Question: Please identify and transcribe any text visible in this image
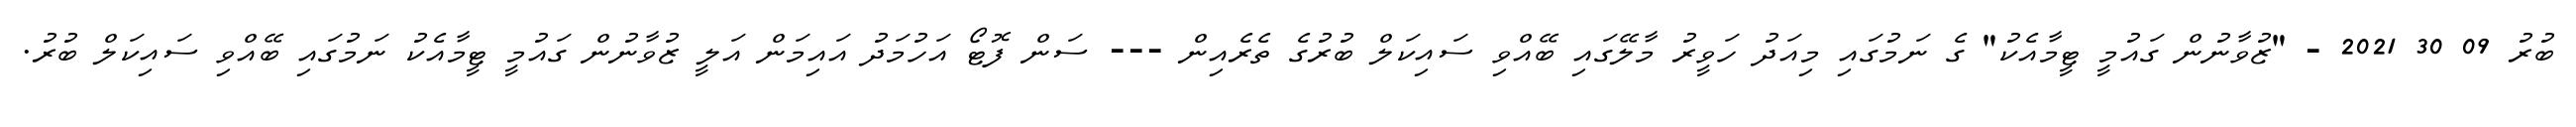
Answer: ބުރު 09 30 2021 - "ޒުވާނުން ގައުމީ ޓީމާއެކު" ގެ ނަމުގައި މިއަދު ހަވީރު މާލޭގައި ބޭއްވި ސައިކަލް ބުރުގެ ތެރެއިން --- ސަން ފޮޓޯ އަހުމަދު އައިމަން އަލީ ޒުވާނުން ގައުމީ ޓީމާއެކު ނަމުގައި ބޭއްވި ސައިކަލް ބުރު.